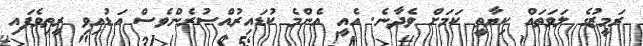
ރަމީޒުގެ ލަވަތައް ކިޔާތީ ކަމަށް ވެދާނެ. އެއީ އެންމެ ކުޑައިރުއްސުރެންވެސް އަޑުއިވި ރީތިވެފައި